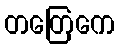
တတြေကေ